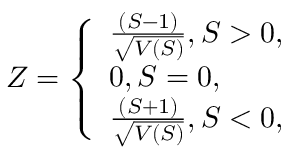
Z = \left\{ \begin{array} { l l } { \frac { ( S - 1 ) } { \sqrt { V ( S ) } } , S > 0 , } \\ { 0 , S = 0 , } \\ { \frac { ( S + 1 ) } { \sqrt { V ( S ) } } , S < 0 , } \end{array} \right.